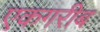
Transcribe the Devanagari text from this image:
एकगरीब